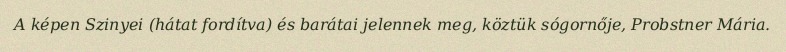
A képen Szinyei (hátat fordítva) és barátai jelennek meg, köztük sógornője, Probstner Mária.